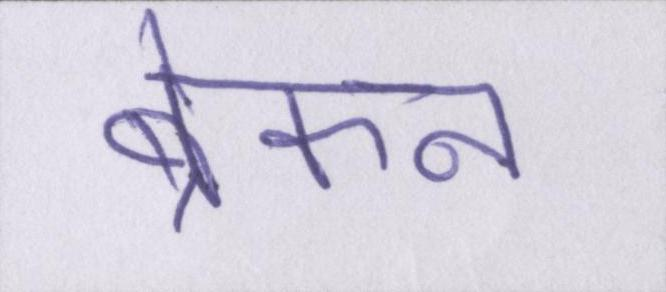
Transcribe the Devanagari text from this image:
ब्रेकन